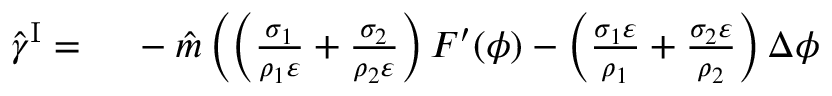
\begin{array} { r l } { \hat { \gamma } ^ { \mathrm { I } } = } & { { } ~ - \hat { m } \left( \left( \frac { \sigma _ { 1 } } { \rho _ { 1 } \varepsilon } + \frac { \sigma _ { 2 } } { \rho _ { 2 } \varepsilon } \right) F ^ { \prime } ( \phi ) - \left( \frac { \sigma _ { 1 } \varepsilon } { \rho _ { 1 } } + \frac { \sigma _ { 2 } \varepsilon } { \rho _ { 2 } } \right) \Delta \phi \right. } \end{array}